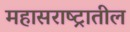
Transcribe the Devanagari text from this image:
महासराष्ट्रातील